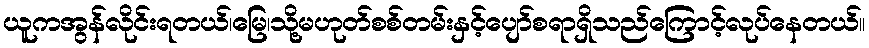
ယူကအွန်လိုင်းရတယ်၊မြေ၊သို့မဟုတ်စစ်တမ်းနှင့်ပျော်စရာရှိသည်ကြောင့်လုပ်နေတယ်။